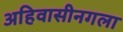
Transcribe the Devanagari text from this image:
अहिवासीनगला